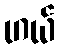
ဟယ်